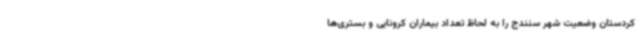
کردستان وضعیت شهر سنندج را به لحاظ تعداد بیماران کرونایی و بستری‌ها